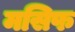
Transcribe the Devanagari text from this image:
मसिफ